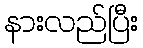
နားလည်ပြီး